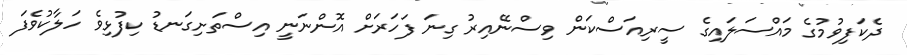
ދެކަފިވުމުގެ މައްސަލައިގެ ސީރިއަސްކަން ވިސްނޭއިރު ގިނަ ފަހަރަށް އޮންނަނީ އިސްތަށިގަނޑު ކިފުޅިވެ ހަލާކުވެފަ